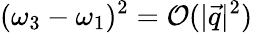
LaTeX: (\omega_{3}-\omega_{1})^{2}=\mathcal{O}(|\vec{q}|^{2})